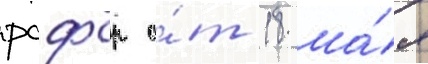
рсфср о́т 18 ма́я